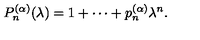
P _ { n } ^ { ( \alpha ) } ( \lambda ) = 1 + \cdots + p _ { n } ^ { ( \alpha ) } \lambda ^ { n } .